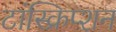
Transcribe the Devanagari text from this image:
टांस्क्रिप्शन